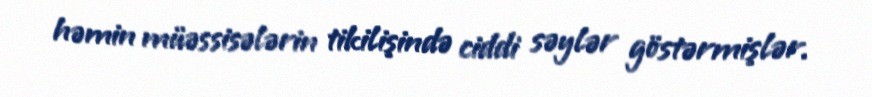
həmin müəssisələrin tikilişində ciddi səylər göstərmişlər.